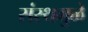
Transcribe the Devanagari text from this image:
संस्थमुळे